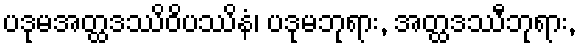
ပဒုမအတ္ထဒဿိဝိပဿိနံ၊ ပဒုမဘုရား, အတ္ထဒဿီဘုရား,